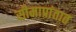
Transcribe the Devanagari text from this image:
सीमाप्रांतात